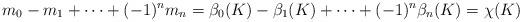
LaTeX: \begin{gather*}m_0 - m_1 + \cdots +(-1)^n m_n = \beta_0(K) - \beta_1(K) + \cdots +(-1)^n \beta_n(K) = \chi(K)\end{gather*}